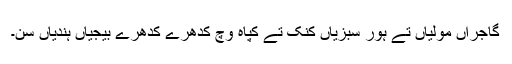
گاجراں مُولیاں تے ہور سبزیاں کنک تے کپاہ وچ کِدھرے کِدھرے بیجیاں ہُندیاں سن۔